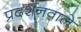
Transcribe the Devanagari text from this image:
प्रदर्शनवाले